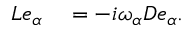
\begin{array} { r l } { L e _ { \alpha } } & { { } = - i \omega _ { \alpha } D e _ { \alpha } . } \end{array}